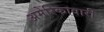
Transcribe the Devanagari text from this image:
अमेरिकावारी